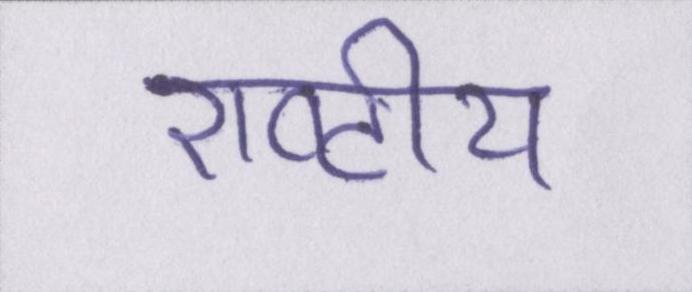
राष्टीय